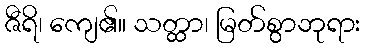
ဇီရိ၊ ကျေ၏။ သတ္ထာ၊ မြတ်စွာဘုရား